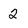
Character: 2